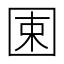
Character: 𡇯